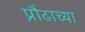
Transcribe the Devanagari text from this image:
प्रौढाच्या